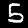
Digit: 5